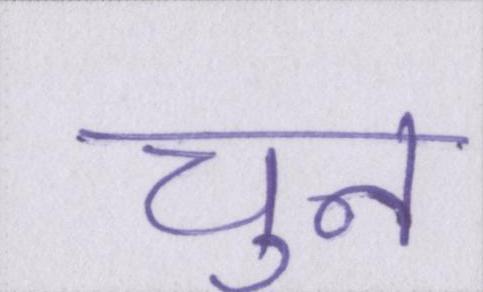
चुन